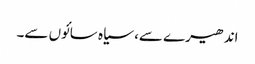
اندھیرے سے، سیاہ سائوں سے۔